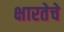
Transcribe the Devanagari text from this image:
क्षारतेचे